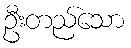
ဦးတည်သော